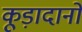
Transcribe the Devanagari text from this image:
कूड़ादानों